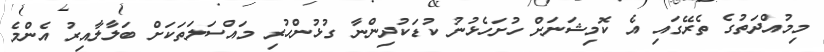
މިމުއްދަތުގެ ތެރޭގައި އެ ކޮމިޝަނަށް ހުށަހެޅުނު ކުޑަކުދިންނާ ގުޅުންހުރި މައްސަލަތަކަށް ބަލާލާއިރު އެންމެ